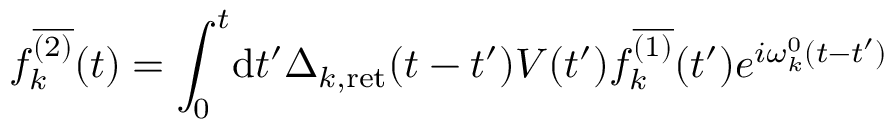
f _ { k } ^ { \overline { { { ( 2 ) } } } } ( t ) = \int _ { 0 } ^ { t } \! \mathrm { d } t ^ { \prime } \Delta _ { k , \mathrm { r e t } } ( t - t ^ { \prime } ) V ( t ^ { \prime } ) f _ { k } ^ { \overline { { { ( 1 ) } } } } ( t ^ { \prime } ) e ^ { i \omega _ { k } ^ { 0 } ( t - t ^ { \prime } ) }